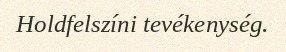
Holdfelszíni tevékenység.